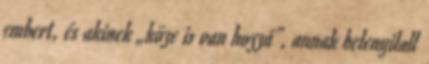
embert, és akinek „köze is van hozzá”, annak belenyilall